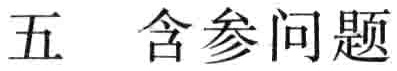
五 含参问题